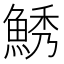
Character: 𱆯